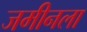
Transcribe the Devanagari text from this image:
जमीनला